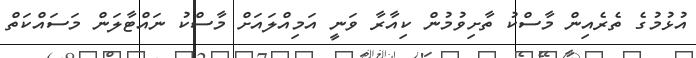
އުޅުމުގެ ތެރެއިން މާސްކު ތާށިވުމުން ކިއާރާ ވަނީ އަމިއްލައަށް މާސްކު ނައްޓާލަން މަސައްކަތް